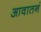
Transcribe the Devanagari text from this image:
आवातनं